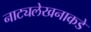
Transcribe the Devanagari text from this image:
नाट्यलेखनाकडे